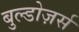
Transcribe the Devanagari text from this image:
बुल्डोज़र्स